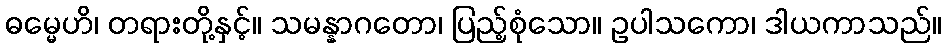
ဓမ္မေဟိ၊ တရားတို့နှင့်။ သမန္နာဂတော၊ ပြည့်စုံသော။ ဥပါသကော၊ ဒါယကာသည်။